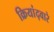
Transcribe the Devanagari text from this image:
क्रियांद्वारे